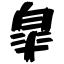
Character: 皐